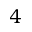
4